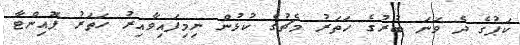
ކަޕުގެ ދެ ވަނަ ބުރުގެ ހަތަރު މެޗުގެ ކުޅުން ނިމިފައިވާއިރު ހަތަރު ޕޮއިންޓާ